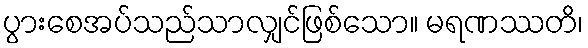
ပွားစေအပ်သည်သာလျှင်ဖြစ်သော။ မရဏဿတိ၊